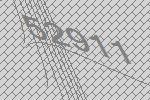
52911